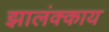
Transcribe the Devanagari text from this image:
झालंक्काय